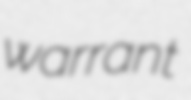
warrant